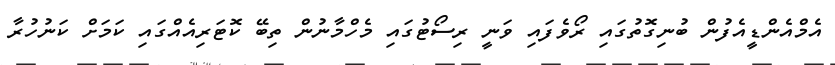
އެމްއެންޑީއެފުން ބުނިގޮތުގައި ރޯވެފައި ވަނީ ރިސޯޓުގައި މެހްމާނުން ތިބޭ ކޮޓަރިއެއްގައި ކަމަށް ކަނުހުރާ